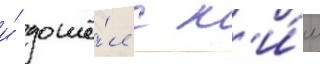
и́ дошё́л с н'и́м